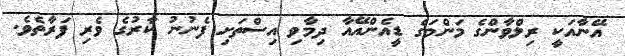
އޭނާއަކީ ރިލްވާންގެ މަންމަގެ ޑީއެންއޭއާ ދިމާވި އިސްތަށި ފެނުނު ކާރުގެ ވެރި ފަރާތެވެ.